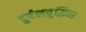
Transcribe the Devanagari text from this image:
दुर्बलबुद्धिता